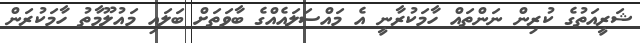
ޝަރީއަތުގެ ކުރިން ނަންތައް ހާމަކުރާނީ އެ މައްސަލައެއްގެ ބާވަތަށް ބަލައި މައުލޫމާތު ހާމަކުރަން